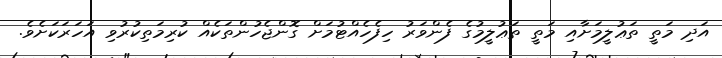
އަދި މަތީ ތަޢުލީމަށާއި މަތީ ތަޢުލީމުގެ ފެންވަރު ހިފެހެއްޓުމަށް ގޮންޖެހުންތަކެއް ކުރިމަތިކުރުވި އަހަރަކަށެވެ.